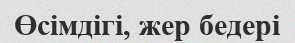
Өсімдігі, жер бедері